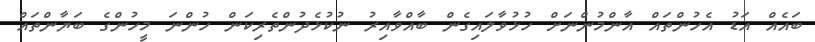
ބައެއް އަޑު އެހުންތައް އާންމުންނަށް ހުޅުވާލައިގެން ބާއްވާއިރު ނުކުޅެދުންތެރިކަން ހުންނަ މީހުންގެ ބަޔާންތައް